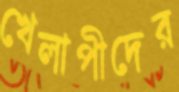
খেলাপীদের